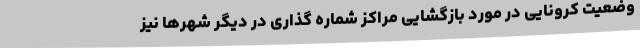
وضعیت کرونایی در مورد بازگشایی مراکز شماره گذاری در دیگر شهرها نیز